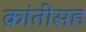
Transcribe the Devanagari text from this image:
क्रांतीसह